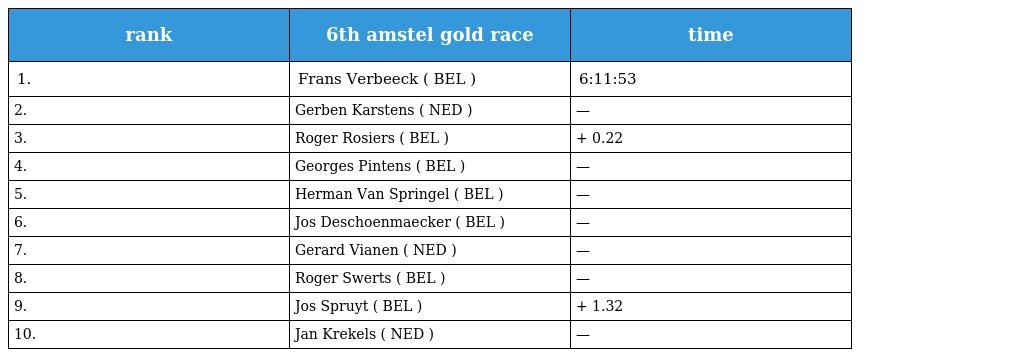
| rank | 6th amstel gold race | time |
 | --- | --- | --- |
 | 1. | Frans Verbeeck ( BEL ) | 6:11:53 |
 | 2. | Gerben Karstens ( NED ) | — |
 | 3. | Roger Rosiers ( BEL ) | + 0.22 |
 | 4. | Georges Pintens ( BEL ) | — |
 | 5. | Herman Van Springel ( BEL ) | — |
 | 6. | Jos Deschoenmaecker ( BEL ) | — |
 | 7. | Gerard Vianen ( NED ) | — |
 | 8. | Roger Swerts ( BEL ) | — |
 | 9. | Jos Spruyt ( BEL ) | + 1.32 |
 | 10. | Jan Krekels ( NED ) | — |